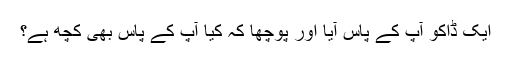
ایک ڈاکو آپ کے پاس آیا اور پوچھا کہ کیا آپ کے پاس بھی کچھ ہے؟